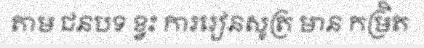
តាម ជនបទ ខ្វះ ការរៀនសូត្រ មាន កម្រិត